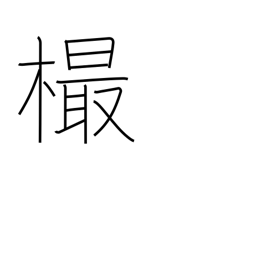
Meaning: knot in wood